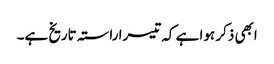
ابھی ذکر ہوا ہے کہ تیسرا راستہ تاریخ ہے۔